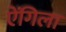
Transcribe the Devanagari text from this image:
ऐंगिला